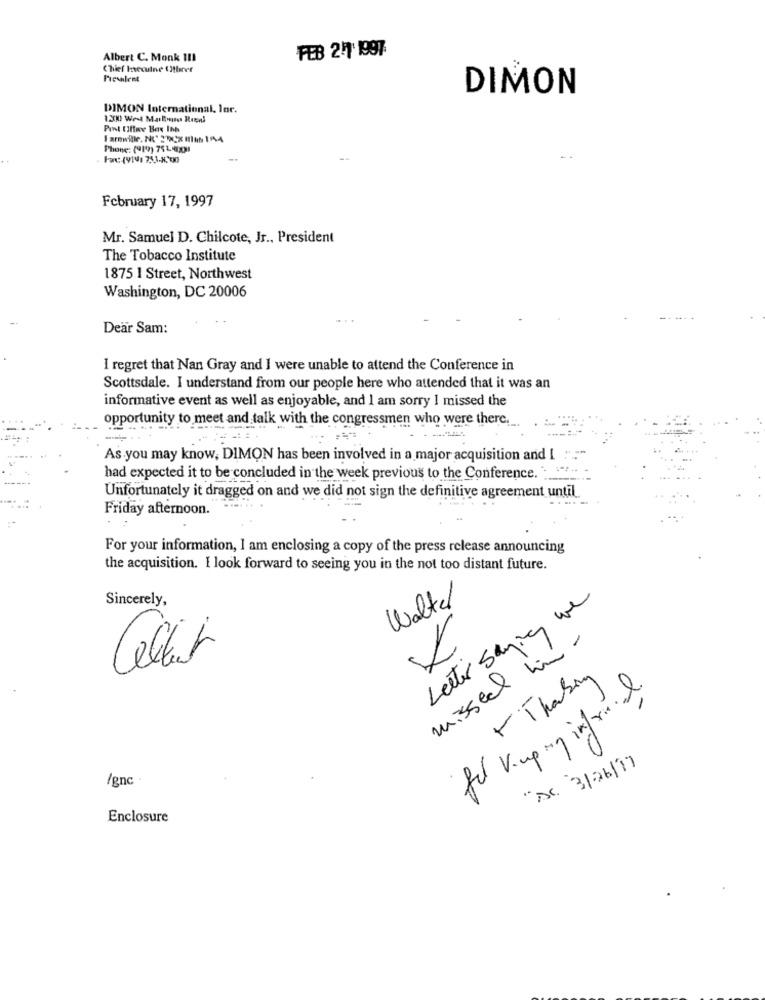
Albert C. Monk III
FEB 27 1997
Chief Ineculne ( itbarer
Prevalent
DIMON
DIMON International, lor.
1.300 West Marlboro Rrenl
Pint Ifire Box Inh
Farmville, No" DCX IIIm 1144
Phone: (419) 751 4x1
February 17, 1997
Mr. Samuel D. Chilcote, Jr ., President
The Tobacco Institute
1875 1 Street, Northwest
Washington, DC 20006
Deär Sam:
I regret that Nan Gray and I were unable to attend the Conference in
Scottsdale. I understand from our people here who attended that it was an
informative event as well as enjoyable, and I am sorry I missed the
opportunity to meet and talk with the congressmen who were there.
As you may know, DIMON has been involved in a major acquisition and I
had expected it to be concluded in the week previous to the Conference. . ....
Unfortunately it dragged on and we did not sign the definitive agreement until
Friday afternoon.
For your information, I am enclosing a copy of the press release announcing
the acquisition. I look forward to seeing you in the not too distant future.
Sincerely,
Walter
Letter Saying we
missed him-
L
Celler
-Thakin
for Viupiny infriend.
"AC 31/26/17
/gnc ·
Enclosure